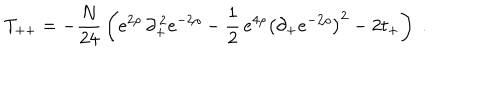
T _ { + + } = - { \frac { N } { 2 4 } } \left( e ^ { 2 \rho } \, \partial _ { + } ^ { \, 2 } e ^ { - 2 \rho } - { \frac { 1 } { 2 } } \, e ^ { 4 \rho } { \left( \partial _ { + } e ^ { - 2 \rho } \right) } ^ { 2 } - 2 t _ { + } \right) \; .